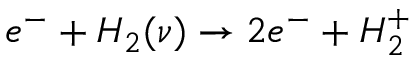
e ^ { - } + H _ { 2 } ( \nu ) \rightarrow 2 e ^ { - } + H _ { 2 } ^ { + }